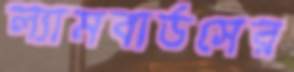
ল্যামবার্ডসের